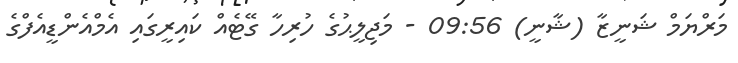
މަރްޔަމް ޝަނީޒާ (ޝާނީ) 09:56 - މަޖިލީޙުގެ ހުރިހާ ގޭޓެއް ކައިރީގައި އެމްއެންޑީއެފްގެ